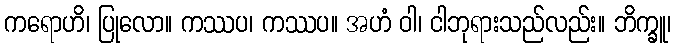
ကရောဟိ၊ ပြုလော။ ကဿပ၊ ကဿပ။ အဟံ ဝါ၊ ငါဘုရားသည်လည်း။ ဘိက္ခူ၊